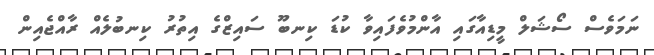
ނަމަވެސް ސޯޝަލް މީޑިއާގައި އާންމުވެފައިވާ ކުޑަ ކިނބޫ ސައިޒްގެ އިތުރު ކިނބުލެއް ރާއްޖެއިން